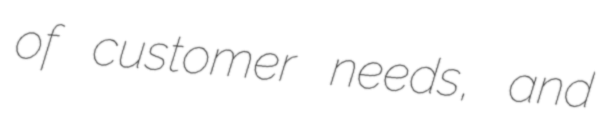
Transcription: of customer needs, and